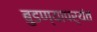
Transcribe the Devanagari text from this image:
बुडण्यापर्यंत